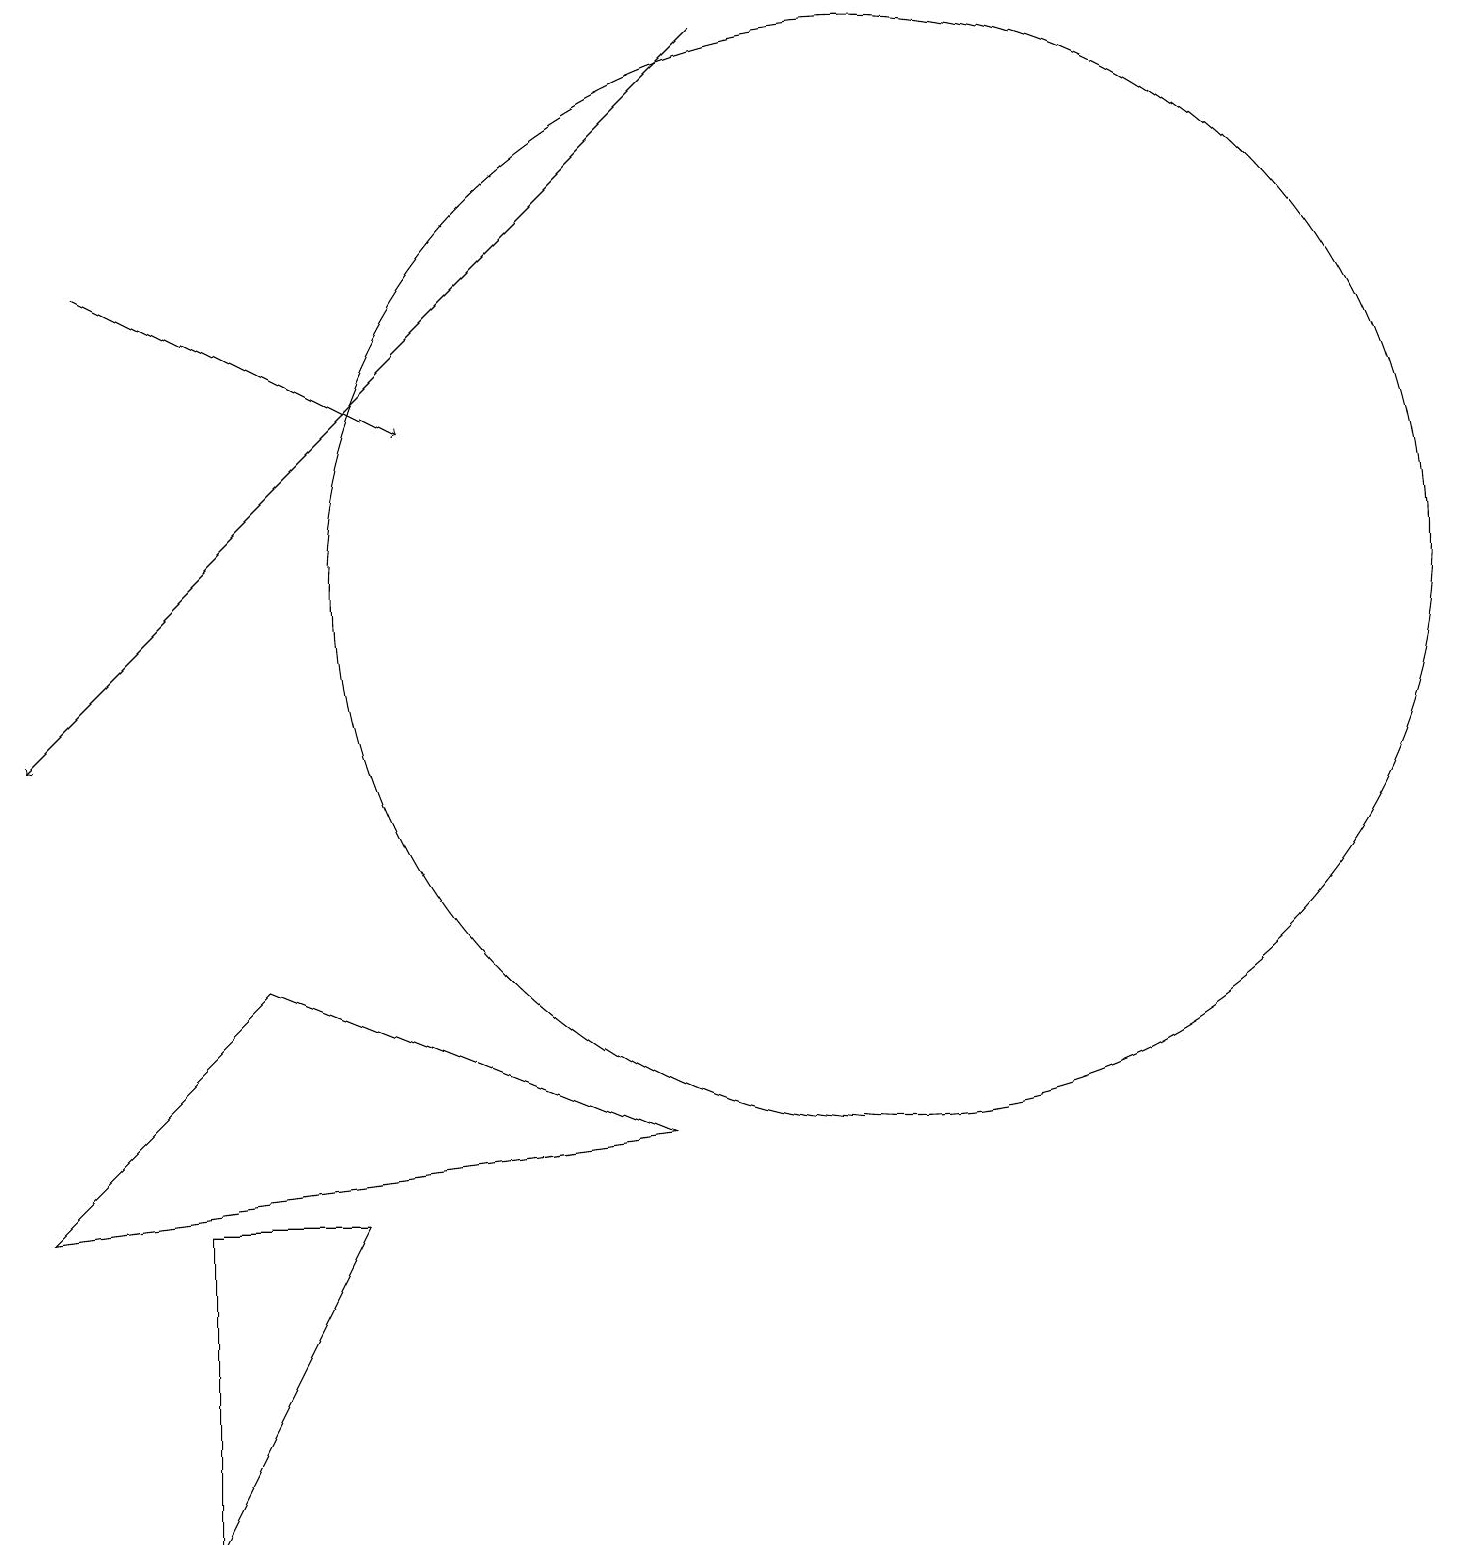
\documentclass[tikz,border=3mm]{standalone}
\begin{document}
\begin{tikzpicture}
\draw[->] (1,16) -- (5,14);
\draw (11,12) circle (7);
\draw (0,4) -- (3,7) -- (8,5) -- cycle;
\draw (4,4) -- (2,4) -- (2,0) -- cycle;
\draw[->] (9,19) -- (0,10);
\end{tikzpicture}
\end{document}